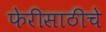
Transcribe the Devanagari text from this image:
फेरीसाठीचे